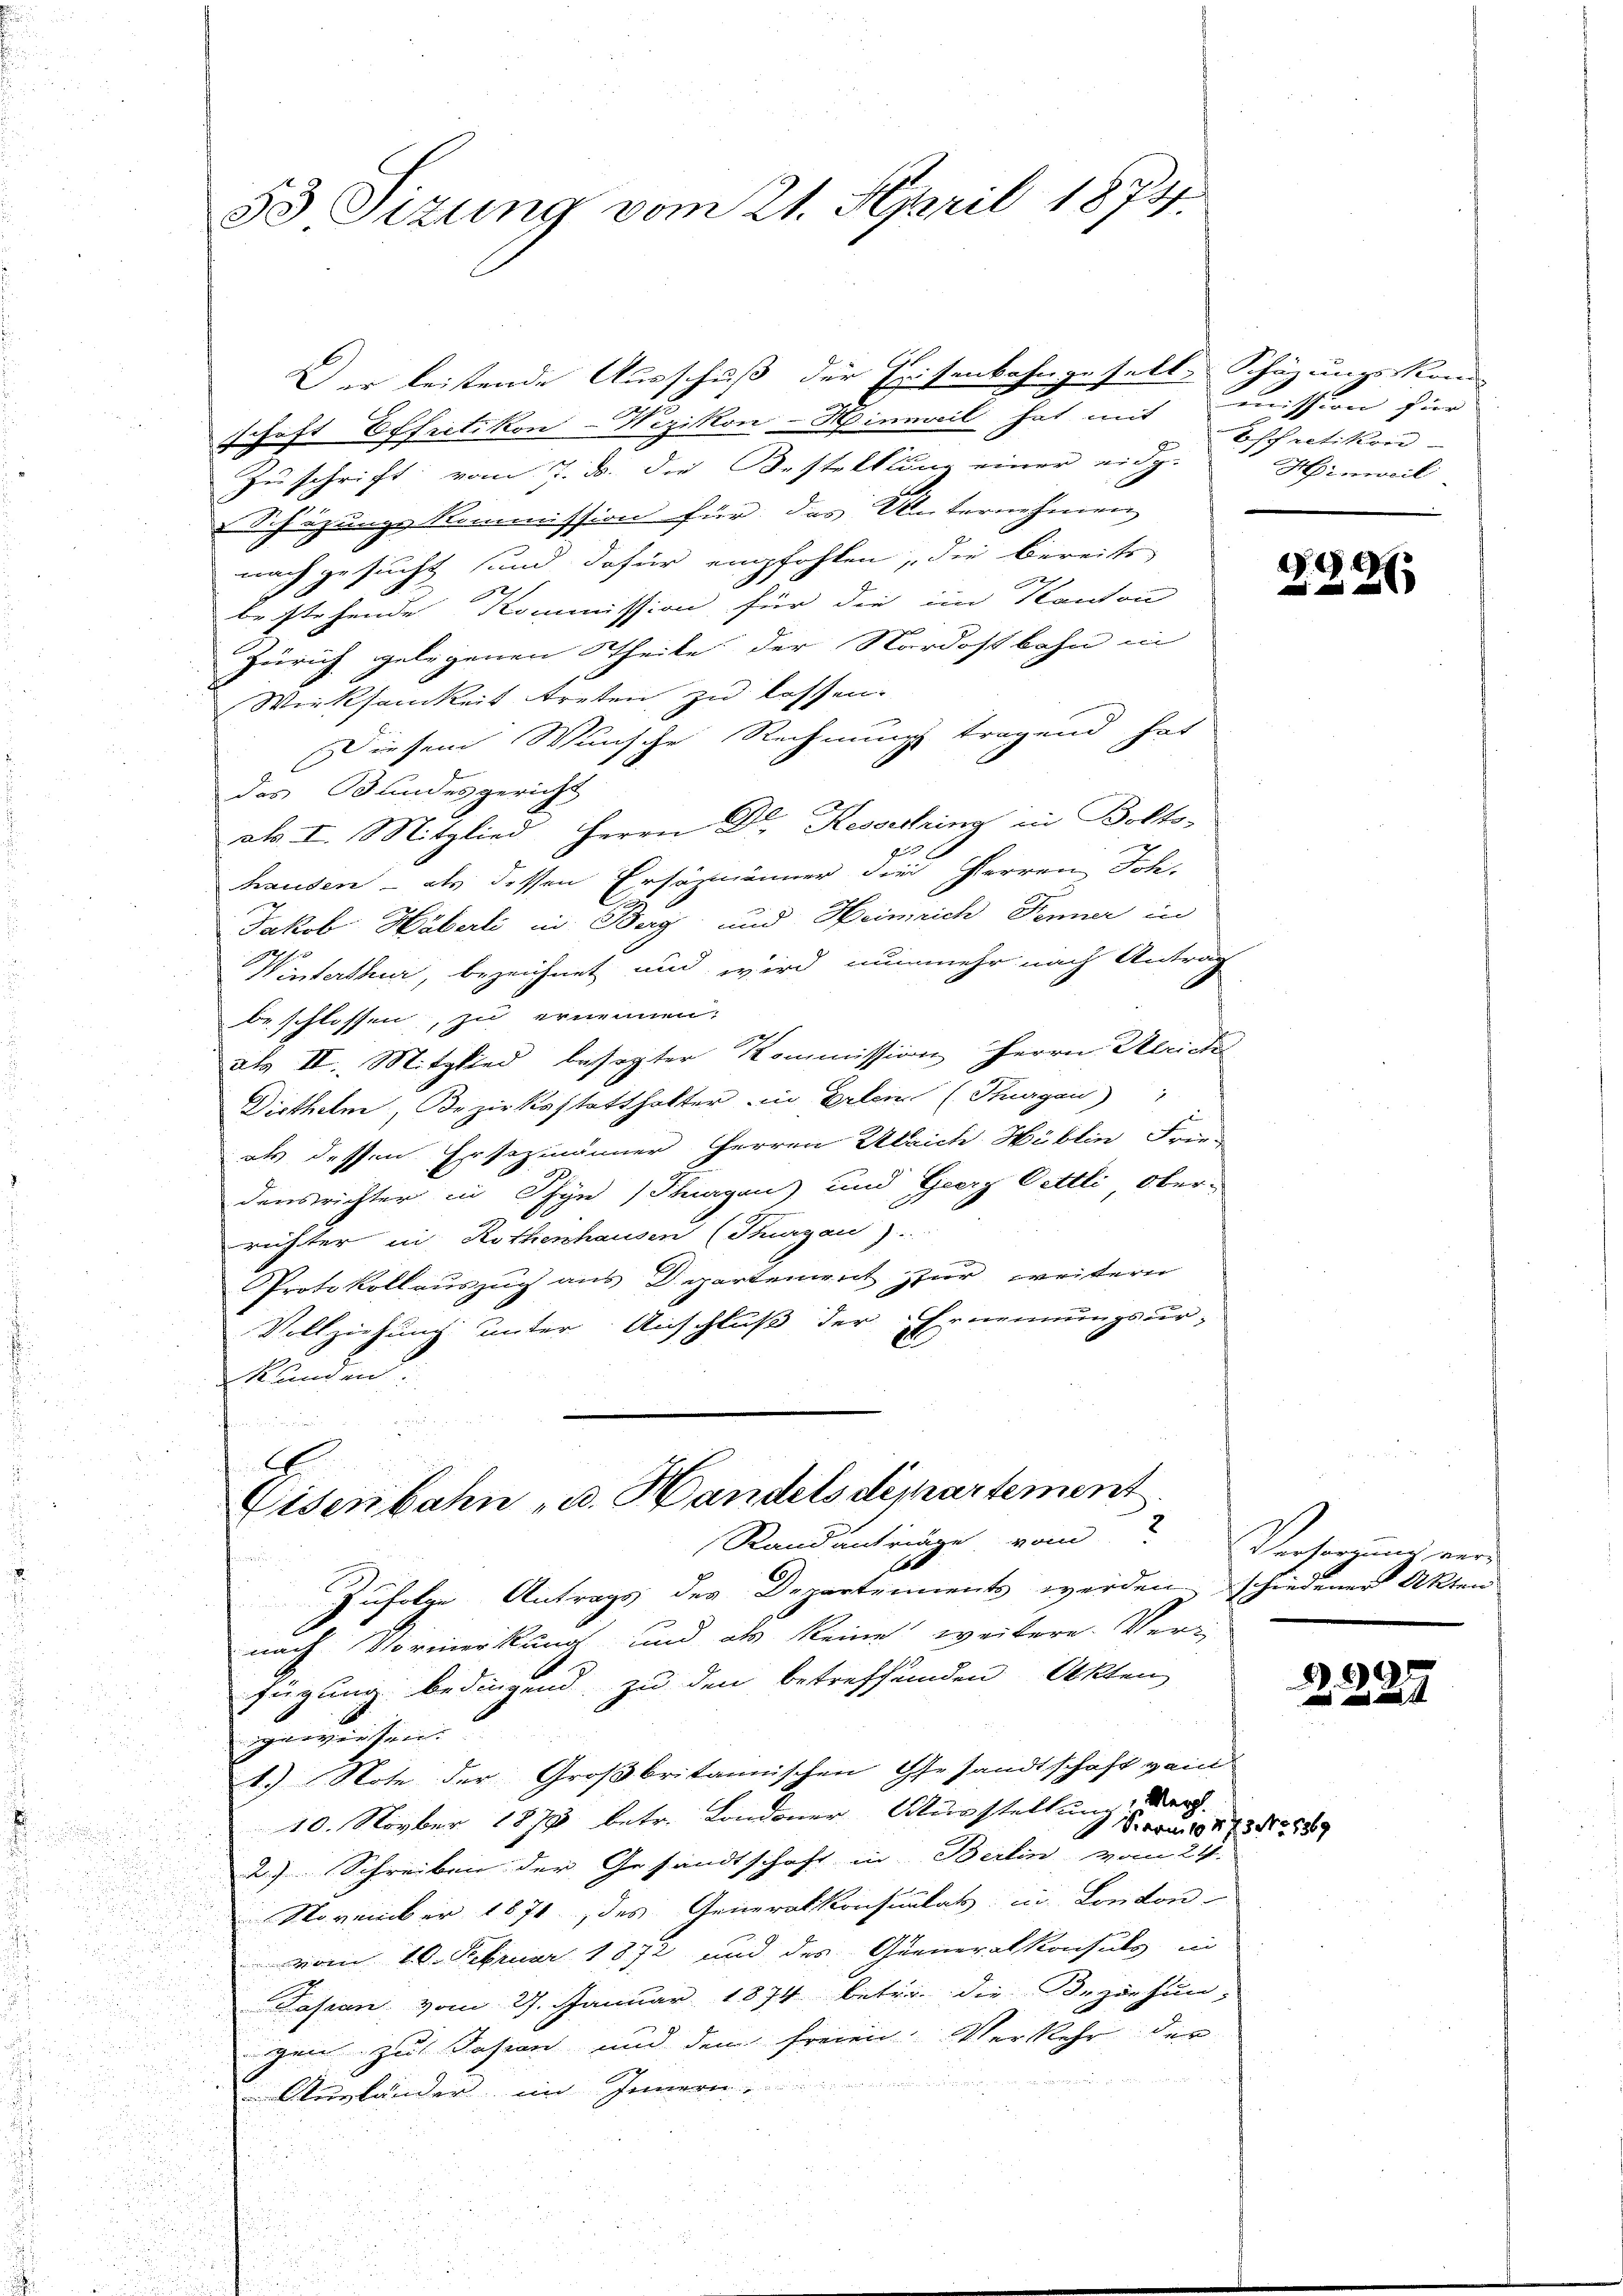
53 Sizung vom 21. April 1874.

Der leistende Ausschuß der Eisenbahngesells Schätzungskom
schaft Effretikon-Wezikon-Hinweil hat mit mission für
Zuschrift vom 7. d. die Bestelllung einer eidg.
Schazungskommission für das Unternehmen |
nach gesucht sind dafür empfohlen, die bereits
bestehende Kommission für die im Kanton
Zürich gelegenen Theile der Nordostbahn in
Wirksamkeit treten zu lassen.
Diesem Wunsche Rechnung tragend hat
das Bundesgericht
ab. I. Mitglied Herrn Dr. Kesselring in Bolts-
hausen - als dessen Ersäzmänner die Herren Joh-
Jakob Häberli in Berg und Heinrich Fenner in
Winterthur, bezeichnet und wird nunmehr nach Antrag
beschlossen, zu ernennen.
als II. Mitglied besagter Kommission Herrn Ulrich
Diethelm, Bezirksstatthalter in Erlen (Thurgau)
als dessen Ersezmänner Herren Ulrich Höblin Friedensrichter in Schyn (Thurgau) und Georg Oettli, Ober-
richter in Rothenhausen (Kuazau).
Protokollauszug aus Departement zur weitern
Vollziehung unter Anschluß der Ernennungsur-
E
kunden

.

Eisenbahn u. Handelsdepartement

Effretikon
Hinweil

9
22

Versorgung ver

Randanträge vom
e
Zufolge Antrags der Departements werden schiedener Akten
nach Vormerkung und als keine weitere Ver-
fügung bedingend zu den betreffenden Akten
gewiesen.
1.) Note der Großbritannischen Gesandtschaft ein
10. Novber 1878 betr. Londoner Ausstellen der
Favu 647 No 1369
1
2) Schreiben der Gesandtschaft in Berlin vom 29.
November 1871, des Generalkonsulats in Conton
vom 10. Februar 1872 und des Queneralkonsuls in
Fasan vom 27. Januar 1874 betri die Beziehun-
gen zu Sasien und den freien. Verkehr der

Augländer im Innern

Z. 227